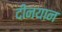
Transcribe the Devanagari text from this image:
दीनयान